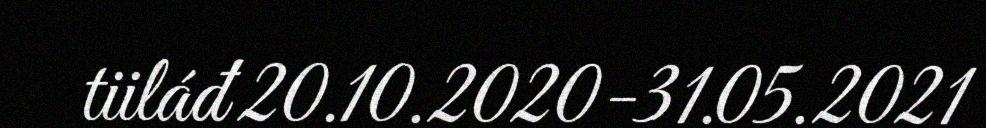
tiiláđ 20.10.2020-31.05.2021